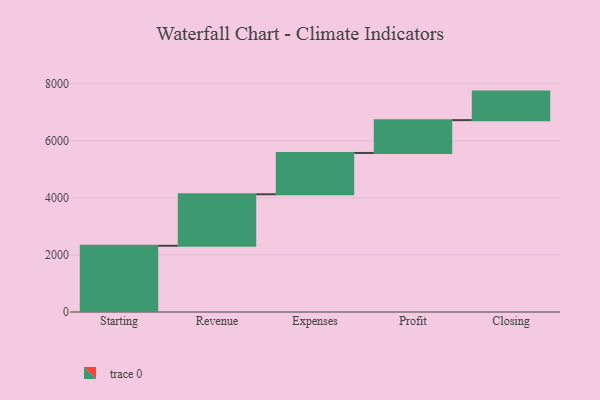
{"axis": {"x": "Step", "y": "Value"}, "legend": [""], "data": [{"x": "Starting", "y": 2321.0, "type": ""}, {"x": "Revenue", "y": 1804.0, "type": ""}, {"x": "Expenses", "y": 1448.0, "type": ""}, {"x": "Profit", "y": 1150.0, "type": ""}, {"x": "Closing", "y": 1000, "type": ""}]}